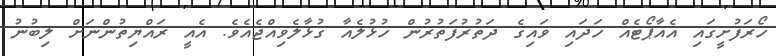
ހޯރަފުށީގައި އެއާޕޯޓެއް ހަދައި ވައިގެ ދަތުރުފަތުރުން ހުޅުލެއާ ގުޅާލެވިއްޖެއެވެ. އެއީ ރައްޔިތުންނަށް ލިބުނު